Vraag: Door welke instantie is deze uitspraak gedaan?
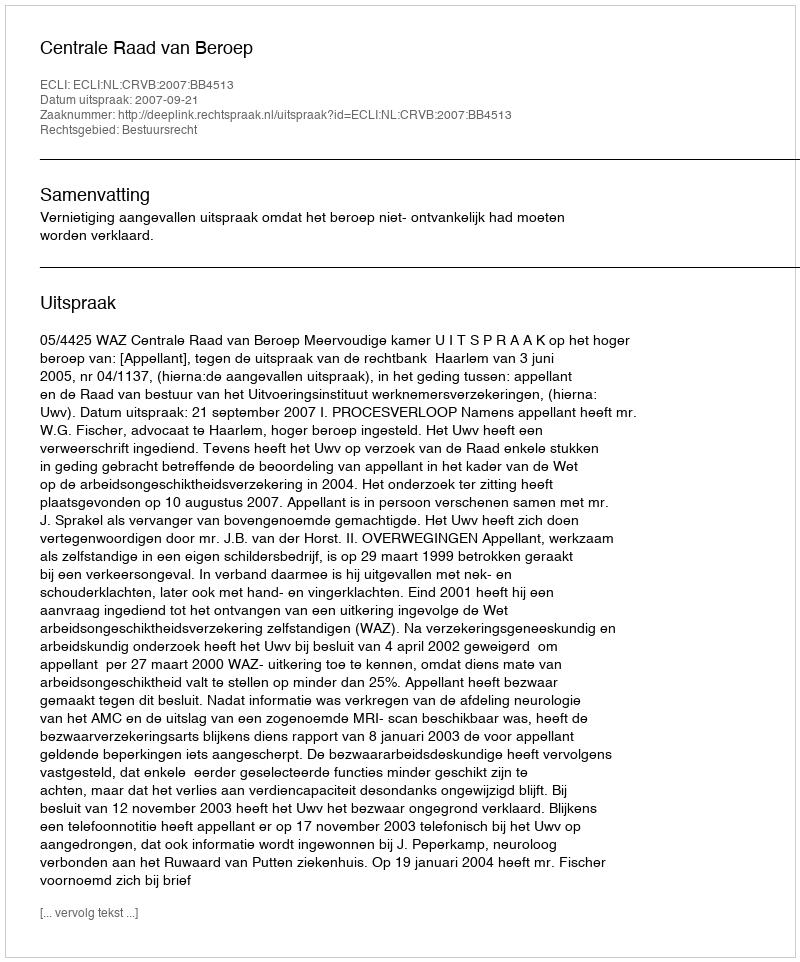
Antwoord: Centrale Raad van Beroep